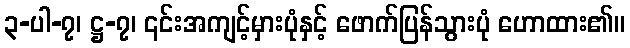
၃-ပါ-၇၊ ဋ္ဌ-၇၊ ၎င်းအကျင့်မှားပုံနှင့် ဖောက်ပြန်သွားပုံ ဟောထား၏။